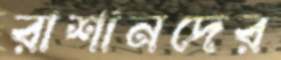
রাশানদের